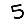
Digit: 5